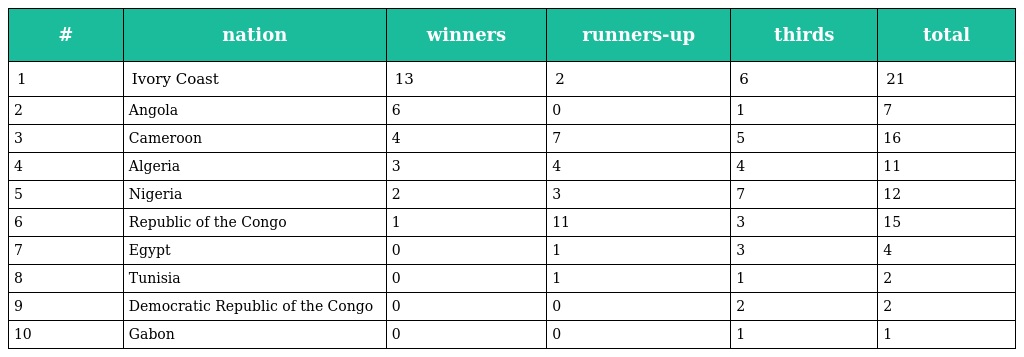
| # | nation | winners | runners-up | thirds | total |
 | --- | --- | --- | --- | --- | --- |
 | 1 | Ivory Coast | 13 | 2 | 6 | 21 |
 | 2 | Angola | 6 | 0 | 1 | 7 |
 | 3 | Cameroon | 4 | 7 | 5 | 16 |
 | 4 | Algeria | 3 | 4 | 4 | 11 |
 | 5 | Nigeria | 2 | 3 | 7 | 12 |
 | 6 | Republic of the Congo | 1 | 11 | 3 | 15 |
 | 7 | Egypt | 0 | 1 | 3 | 4 |
 | 8 | Tunisia | 0 | 1 | 1 | 2 |
 | 9 | Democratic Republic of the Congo | 0 | 0 | 2 | 2 |
 | 10 | Gabon | 0 | 0 | 1 | 1 |